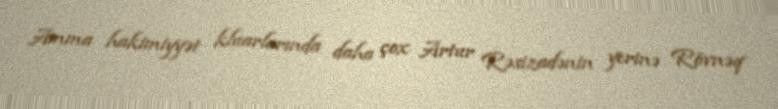
Amma hakimiyyət kluarlarında daha çox Artur Rəsizadənin yerinə Rövnəq